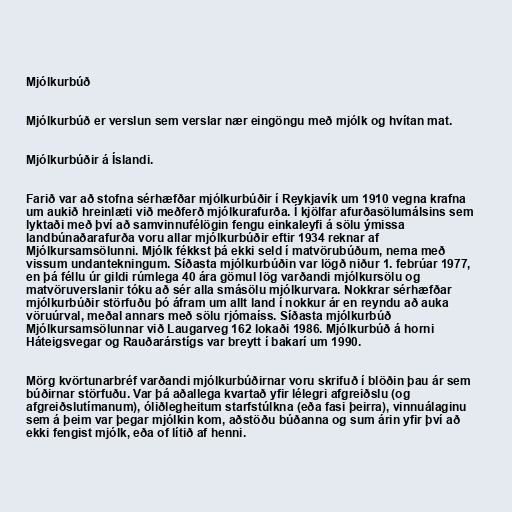
Mjólkurbúð

Mjólkurbúð er verslun sem verslar nær eingöngu með mjólk og hvítan mat.

Mjólkurbúðir á Íslandi.

Farið var að stofna sérhæfðar mjólkurbúðir í Reykjavík um 1910 vegna krafna
um aukið hreinlæti við meðferð mjólkurafurða. Í kjölfar afurðasölumálsins sem
lyktaði með því að samvinnufélögin fengu einkaleyfi á sölu ýmissa
landbúnaðarafurða voru allar mjólkurbúðir eftir 1934 reknar af
Mjólkursamsölunni. Mjólk fékkst þá ekki seld í matvörubúðum, nema með
vissum undantekningum. Síðasta mjólkurbúðin var lögð niður 1. febrúar 1977,
en þá féllu úr gildi rúmlega 40 ára gömul lög varðandi mjólkursölu og
matvöruverslanir tóku að sér alla smásölu mjólkurvara. Nokkrar sérhæfðar
mjólkurbúðir störfuðu þó áfram um allt land í nokkur ár en reyndu að auka
vöruúrval, meðal annars með sölu rjómaíss. Síðasta mjólkurbúð
Mjólkursamsölunnar við Laugarveg 162 lokaði 1986. Mjólkurbúð á horni
Háteigsvegar og Rauðarárstígs var breytt í bakarí um 1990.

Mörg kvörtunarbréf varðandi mjólkurbúðirnar voru skrifuð í blöðin þau ár sem
búðirnar störfuðu. Var þá aðallega kvartað yfir lélegri afgreiðslu (og
afgreiðslutímanum), óliðlegheitum starfstúlkna (eða fasi þeirra), vinnuálaginu
sem á þeim var þegar mjólkin kom, aðstöðu búðanna og sum árin yfir því að
ekki fengist mjólk, eða of lítið af henni.